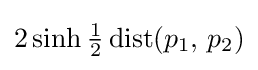
2\sinh {\tfrac {1}{2}}\operatorname {dist} (p_{1},\,p_{2})